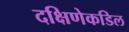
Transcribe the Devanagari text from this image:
दक्षिणेकडिल